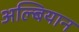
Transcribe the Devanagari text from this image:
अल्बियान